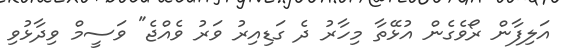
އަލިފާން ރޯވެގެން އުޅޭތާ މިހާރު ދެ ގަޑިއިރު ވަރު ވެއްޖެ" ވަސީމް ވިދާޅުވި